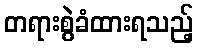
တရားစွဲခံထားရသည့်